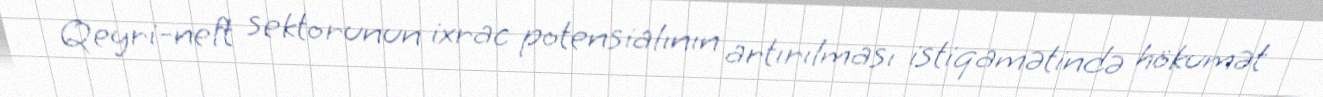
Qeyri-neft sektorunun ixrac potensialının artırılması istiqamətində hökumət